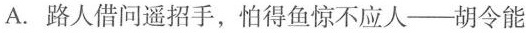
A. 路人借问遥招手，怕得鱼惊不应人—胡令能